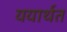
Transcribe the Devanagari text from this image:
ययार्थत